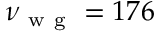
\nu _ { \mathrm { ~ w ~ g ~ } } = 1 7 6